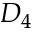
D _ { 4 }